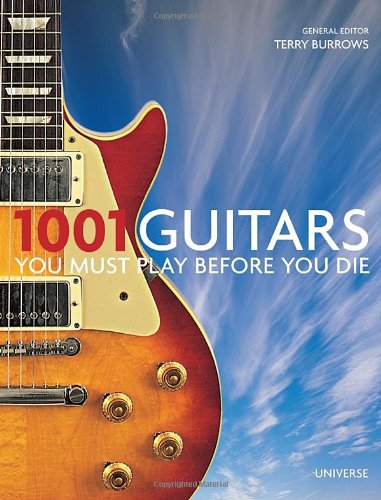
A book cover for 1001 Guitars to Dream of Playing Before You Die (1001 (Universe)); Reference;